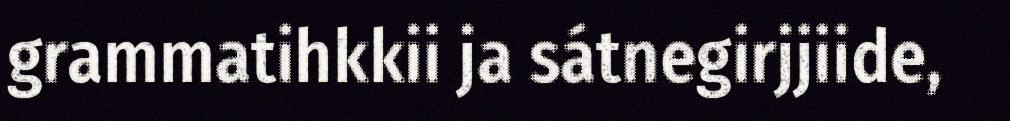
grammatihkkii ja sátnegirjjiide,